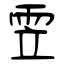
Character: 雴